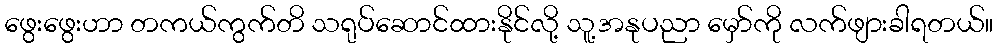
ဖွေးဖွေးဟာ တကယ်ကွက်တိ သရုပ်ဆောင်ထားနိုင်လို့ သူ့အနုပညာ မှော်ကို လက်ဖျားခါရတယ်။